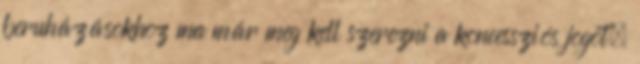
beruházásokhoz ma már meg kell szerezni a koncessziós jogot,